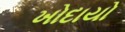
ખોદાયો